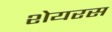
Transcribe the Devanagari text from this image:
शेयरस